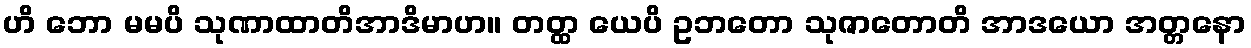
ဟိ ဘော မမပိ သုဏာထာတိအာဒိမာဟ။ တတ္ထ ယေပိ ဥဘတော သုဇာတောတိ အာဒယော အတ္တနော